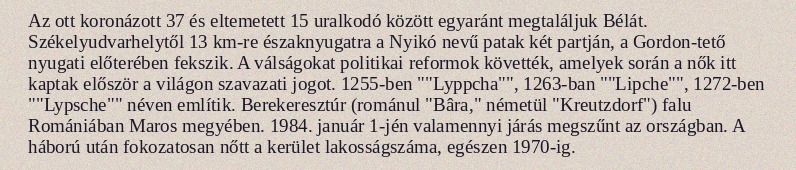
Az ott koronázott 37 és eltemetett 15 uralkodó között egyaránt megtaláljuk Bélát. Székelyudvarhelytől 13 km-re északnyugatra a Nyikó nevű patak két partján, a Gordon-tető nyugati előterében fekszik. A válságokat politikai reformok követték, amelyek során a nők itt kaptak először a világon szavazati jogot. 1255-ben ""Lyppcha"", 1263-ban ""Lipche"", 1272-ben ""Lypsche"" néven említik. Berekeresztúr (románul "Bâra," németül "Kreutzdorf") falu Romániában Maros megyében. 1984. január 1-jén valamennyi járás megszűnt az országban. A háború után fokozatosan nőtt a kerület lakosságszáma, egészen 1970-ig.